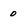
Character: 0